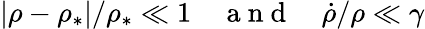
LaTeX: |\rho-\rho_{*}|/\rho_{*}\ll 1\quad\mathrm{~a~n~d~}\quad\dot{\rho}/\rho\ll\gamma